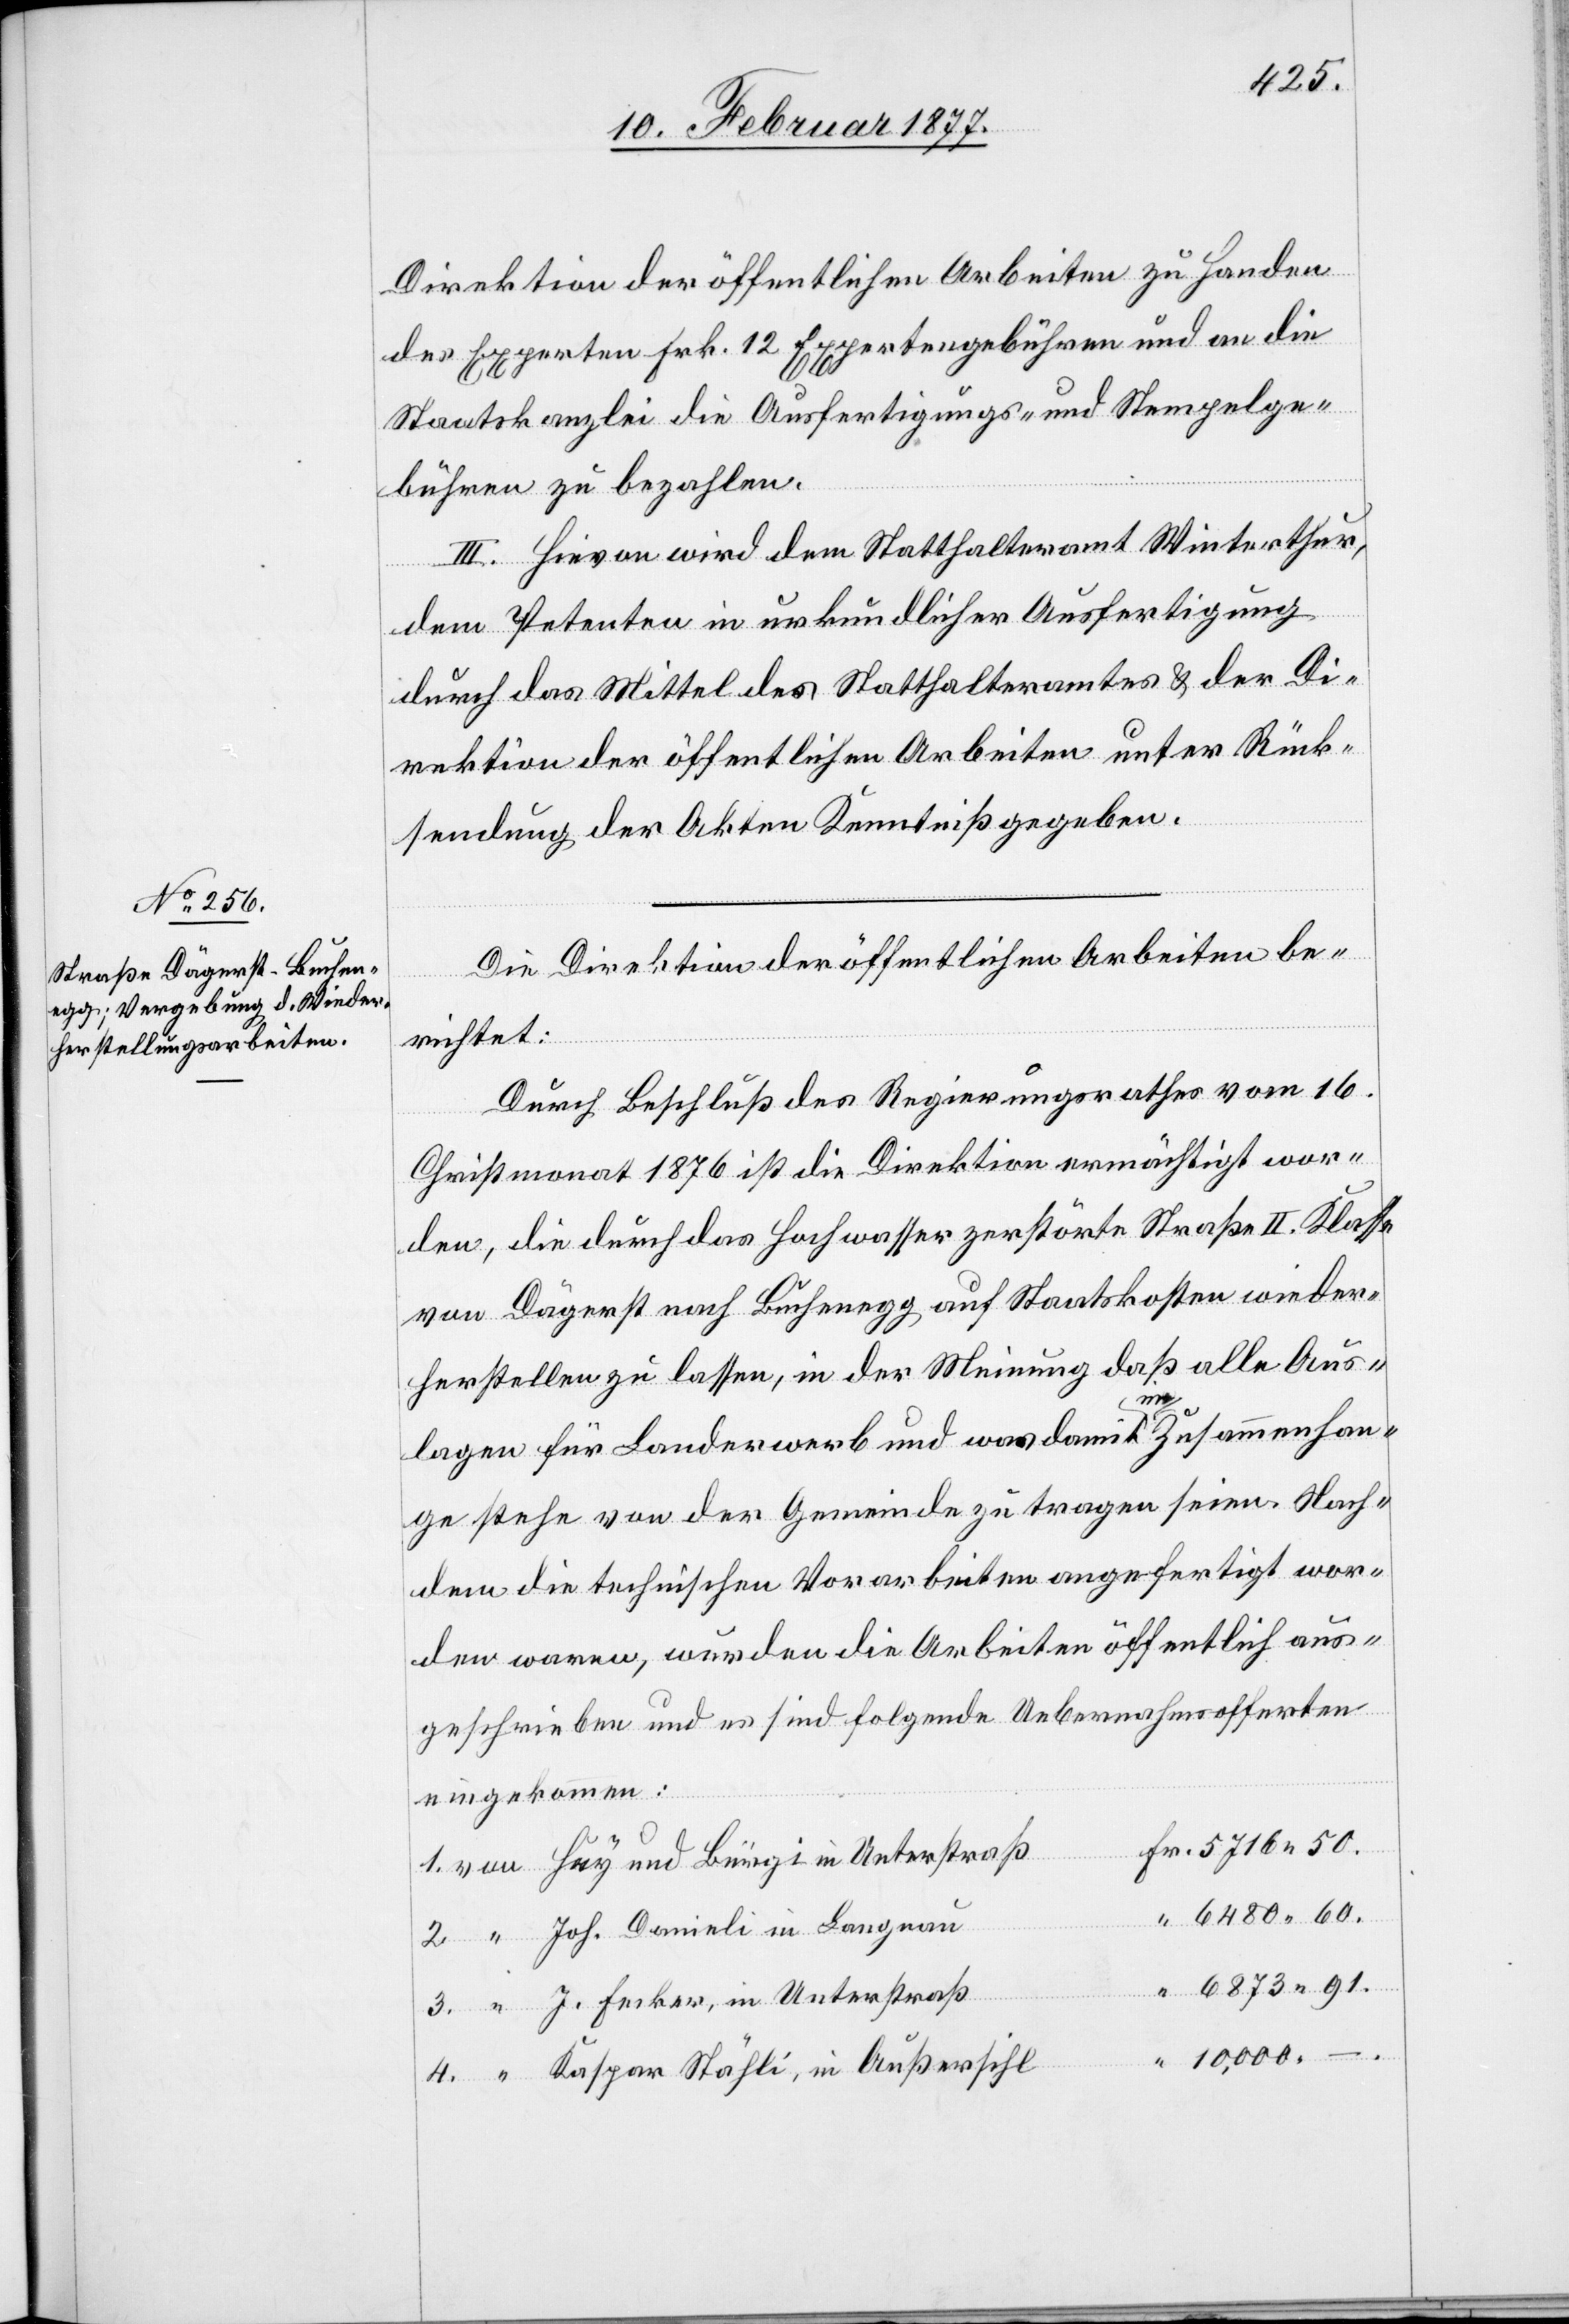
Direktion der öffentlichen Arbeiten zu Handen
des Experten Frk. 12 Expertengebühren und an die
Staatskanzlei die Ausfertigungs- und Stempelge¬
bühren zu bezahlen.
III. Hievon wird dem Statthalteramt Winterthur,
Langn¬
dem Petenten in urkundlicher Ausfertigung
durch das Mittel des Statthalteramtes & der Di¬
rektion der öffentlichen Arbeiten unter Rück¬
4.
sendung der Akten Kenntniß gegeben.
Die Direktion der öffentlichen Arbeiten be¬
richtet:
Durch Beschluß des Regierungsrathes vom 16.
Christmonat 1876 ist die Direktion ermächtigt wor¬
den, die durch das Hochwasser zerstörte Straße II. Klasse
von Dägerst nach Buchenegg auf Staatskosten wieder¬
herstellen zu lassen, in der Meinung daß alle Aus¬
lagen für Landerwerb und was damit a-im-a Zusammenhan¬
ge stehe von der Gemeinde zu tragen seien. Nach¬
dem die technischen Vorarbeiten angefertigt wor¬
den waren, wurden die Arbeiten öffentlich aus¬
geschrieben und es sind folgende Uebernahmsofferten
“
Huy und Bürgi in Unterstraß
6480.60.
3.
6872.91.
J. Fecker, in Unterstraß
10,000. –.
Kaspar Stähli, in Außersihl